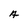
Character: A